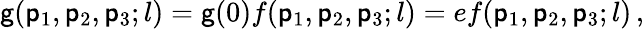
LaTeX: \mathsf{g}(\mathsf{p}_{1},\mathsf{p}_{2},\mathsf{p}_{3};l)=\mathsf{g}(0)f(\mathsf{p}_{1},\mathsf{p}_{2},\mathsf{p}_{3};l)=ef(\mathsf{p}_{1},\mathsf{p}_{2},\mathsf{p}_{3};l)\, ,